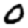
Digit: 0